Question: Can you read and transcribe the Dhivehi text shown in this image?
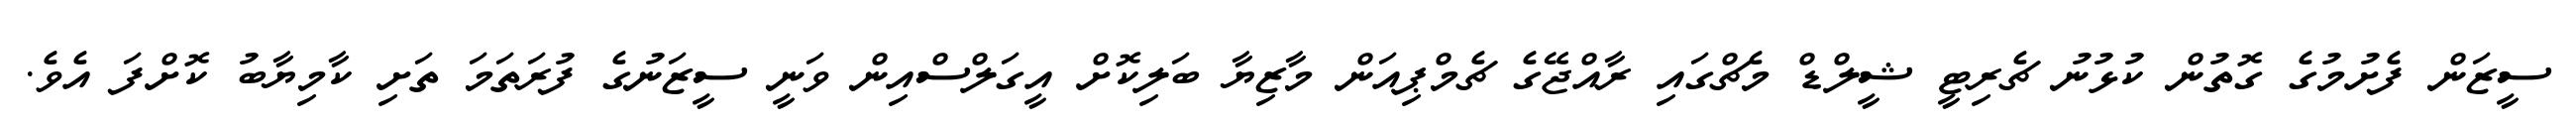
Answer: ސީޒަން ފެށުމުގެ ގޮތުން ކުޅުނު ޗެރިޓީ ޝީލްޑް މެޗްގައި ރާއްޖޭގެ ޗެމްޕިއަން މާޒިޔާ ބަލިކޮށް އީގަލްސްއިން ވަނީ ސީޒަނުގެ ފުރަތަމަ ތަށި ކާމިޔާބު ކޮށްފަ އެވެ.